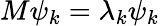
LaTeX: M\psi_{k}=\lambda_{k}\psi_{k}